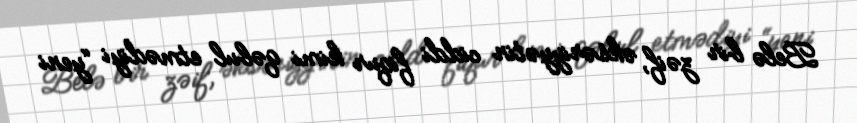
Belə bir zəif, əksəriyyətin ciddi fiqur kimi qəbul etmədiyi “yeni